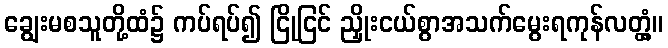
ချွေးမစသူတို့ထံ၌ ကပ်ရပ်၍ ငြိုငြင် ညှိုးငယ်စွာအသက်မွေးရကုန်လတ္တံ့။